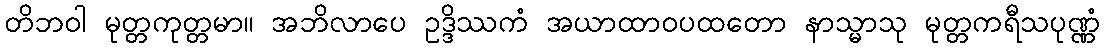
တိဘဝါ မုတ္တကုတ္တမာ။ အဘိလာပေ ဥဒ္ဒိဿကံ အယာထာဝပထတော နာသ္မာသု မုတ္တကရီသပုဏ္ဏံ